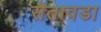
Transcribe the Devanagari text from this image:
सैतावडा